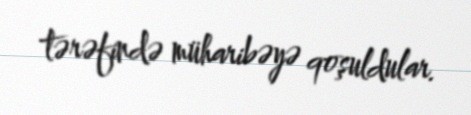
tərəfində müharibəyə qoşuldular.